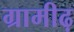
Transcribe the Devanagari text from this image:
ग्रामीढ़